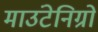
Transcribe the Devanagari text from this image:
माउंटेनिग्रो